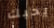
يحبك